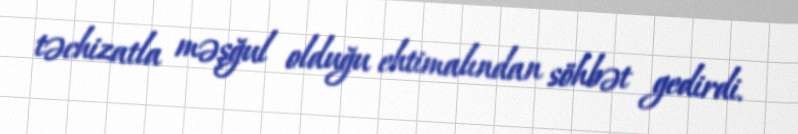
təchizatla məşğul olduğu ehtimalından söhbət gedirdi.